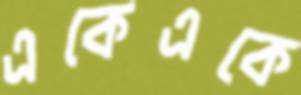
একেএকে